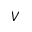
V